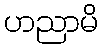
ဟညာမိ